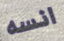
انسه